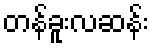
တန်ခူးလဆန်း